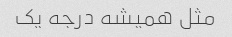
مثل همیشه درجه یک